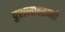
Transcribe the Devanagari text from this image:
पुराव्यावरूनही